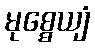
မုစ္စေယျံ